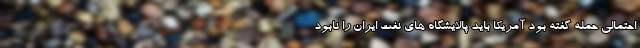
احتمالی حمله گفته بود آمریکا باید پالایشگاه های نفت ایران را نابود